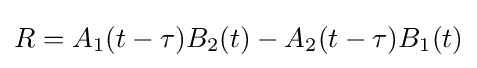
R=A_{1}(t-\tau )B_{2}(t)-A_{2}(t-\tau )B_{1}(t)